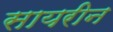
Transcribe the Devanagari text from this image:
सायरीन